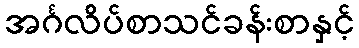
အင်္ဂလိပ်စာသင်ခန်းစာနှင့်